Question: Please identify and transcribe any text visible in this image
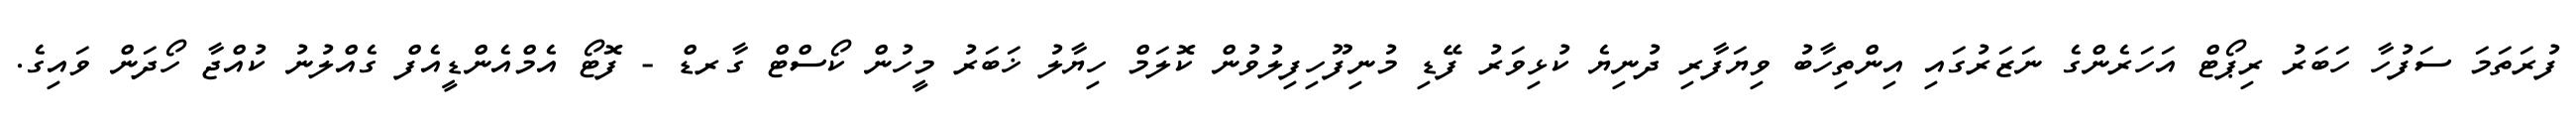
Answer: ފުރަތަމަ ސަފުހާ ހަބަރު ރިޕޯޓް އަހަރެންގެ ނަޒަރުގައި އިންތިހާބު ވިޔަފާރި ދުނިޔެ ކުޅިވަރު ފޭޑި މުނިފޫހިފިލުވުން ކޮލަމް ހިޔާލު ޚަބަރު މީހުން ކޯސްޓް ގާރޑް - ފޮޓޯ އެމްއެންޑީއެފް ގެއްލުނު ކުއްޖާ ހޯދަން ވައިގެ.